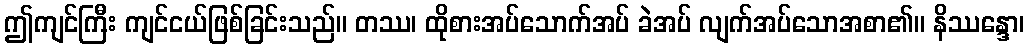
ဤကျင်ကြီး ကျင်ငယ်ဖြစ်ခြင်းသည်။ တဿ၊ ထိုစားအပ်သောက်အပ် ခဲအပ် လျက်အပ်သောအစာ၏။ နိဿန္ဒော၊